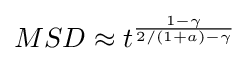
MSD\approx t^{\frac {1-\gamma }{2/(1+a)-\gamma }}